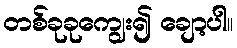
တစ်ခုခုကျွေး၍ ချော့ပါ။